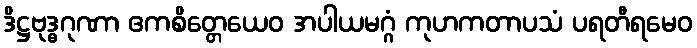
ဒိဋ္ဌဗုဒ္ဓဂုဏာ ဧကစိတ္တေယေဝ အပါယမဂ္ဂံ ကုဟကတာပသံ ပရတီရမေဝ